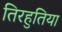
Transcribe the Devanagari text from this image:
तिरहुतिया